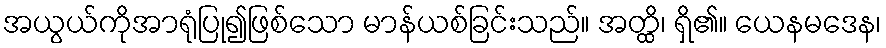
အယွယ်ကိုအာရုံပြု၍ဖြစ်သော မာန်ယစ်ခြင်းသည်။ အတ္ထိ၊ ရှိ၏။ ယေနမဒေန၊